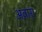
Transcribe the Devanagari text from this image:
अवारा